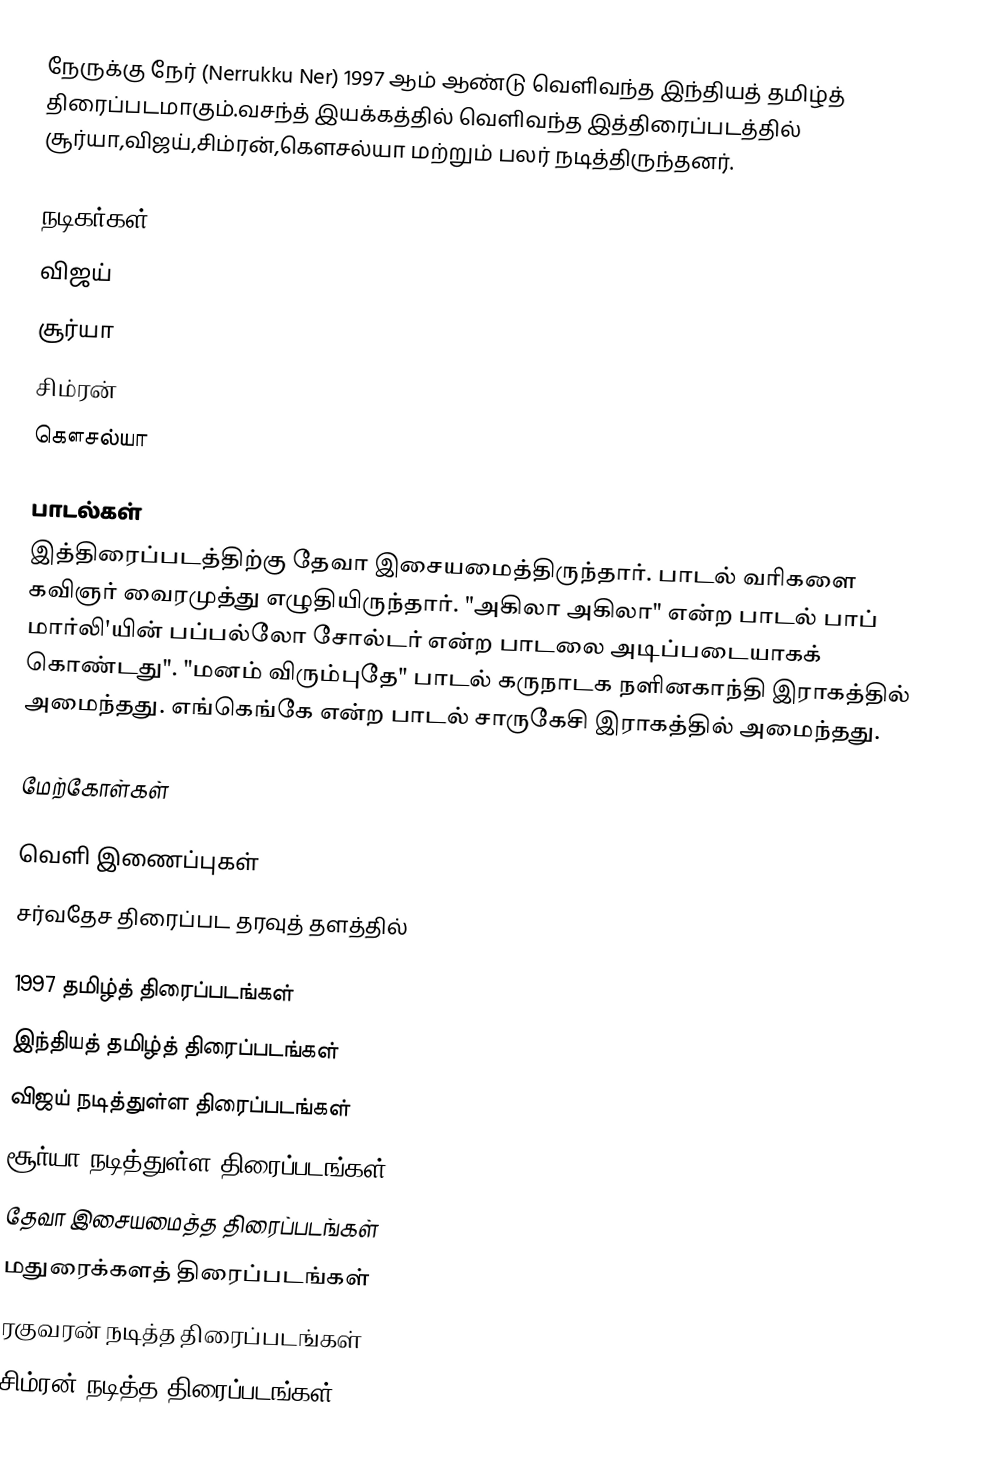
நேருக்கு நேர் (Nerrukku Ner) 1997 ஆம் ஆண்டு வெளிவந்த இந்தியத் தமிழ்த் திரைப்படமாகும்.வசந்த் இயக்கத்தில் வெளிவந்த இத்திரைப்படத்தில் சூர்யா,விஜய்,சிம்ரன்,கௌசல்யா மற்றும் பலர் நடித்திருந்தனர்.

நடிகர்கள்
 விஜய்
 சூர்யா
 சிம்ரன்
 கௌசல்யா

பாடல்கள்
இத்திரைப்படத்திற்கு தேவா இசையமைத்திருந்தார். பாடல் வரிகளை கவிஞர் வைரமுத்து எழுதியிருந்தார். "அகிலா அகிலா"  என்ற பாடல் பாப் மார்லி'யின் பப்பல்லோ சோல்டர் என்ற பாடலை அடிப்படையாகக் கொண்டது". "மனம் விரும்புதே" பாடல் கருநாடக நளினகாந்தி இராகத்தில் அமைந்தது. எங்கெங்கே என்ற பாடல் சாருகேசி இராகத்தில் அமைந்தது.

மேற்கோள்கள்

வெளி இணைப்புகள்
சர்வதேச திரைப்பட தரவுத் தளத்தில்

1997 தமிழ்த் திரைப்படங்கள்
இந்தியத் தமிழ்த் திரைப்படங்கள்
விஜய் நடித்துள்ள திரைப்படங்கள்
சூர்யா நடித்துள்ள திரைப்படங்கள்
தேவா இசையமைத்த திரைப்படங்கள்
மதுரைக்களத் திரைப்படங்கள்
ரகுவரன் நடித்த திரைப்படங்கள்
சிம்ரன் நடித்த திரைப்படங்கள்